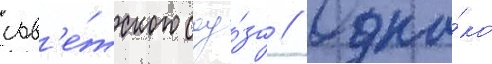
сов'е́тского соу́за // Одна́ко